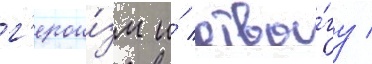
г'ерои́зм и́ отва́гу /